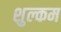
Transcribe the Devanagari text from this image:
शुल्कम